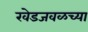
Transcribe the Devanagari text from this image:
खेडजवळच्या